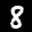
Label: 8